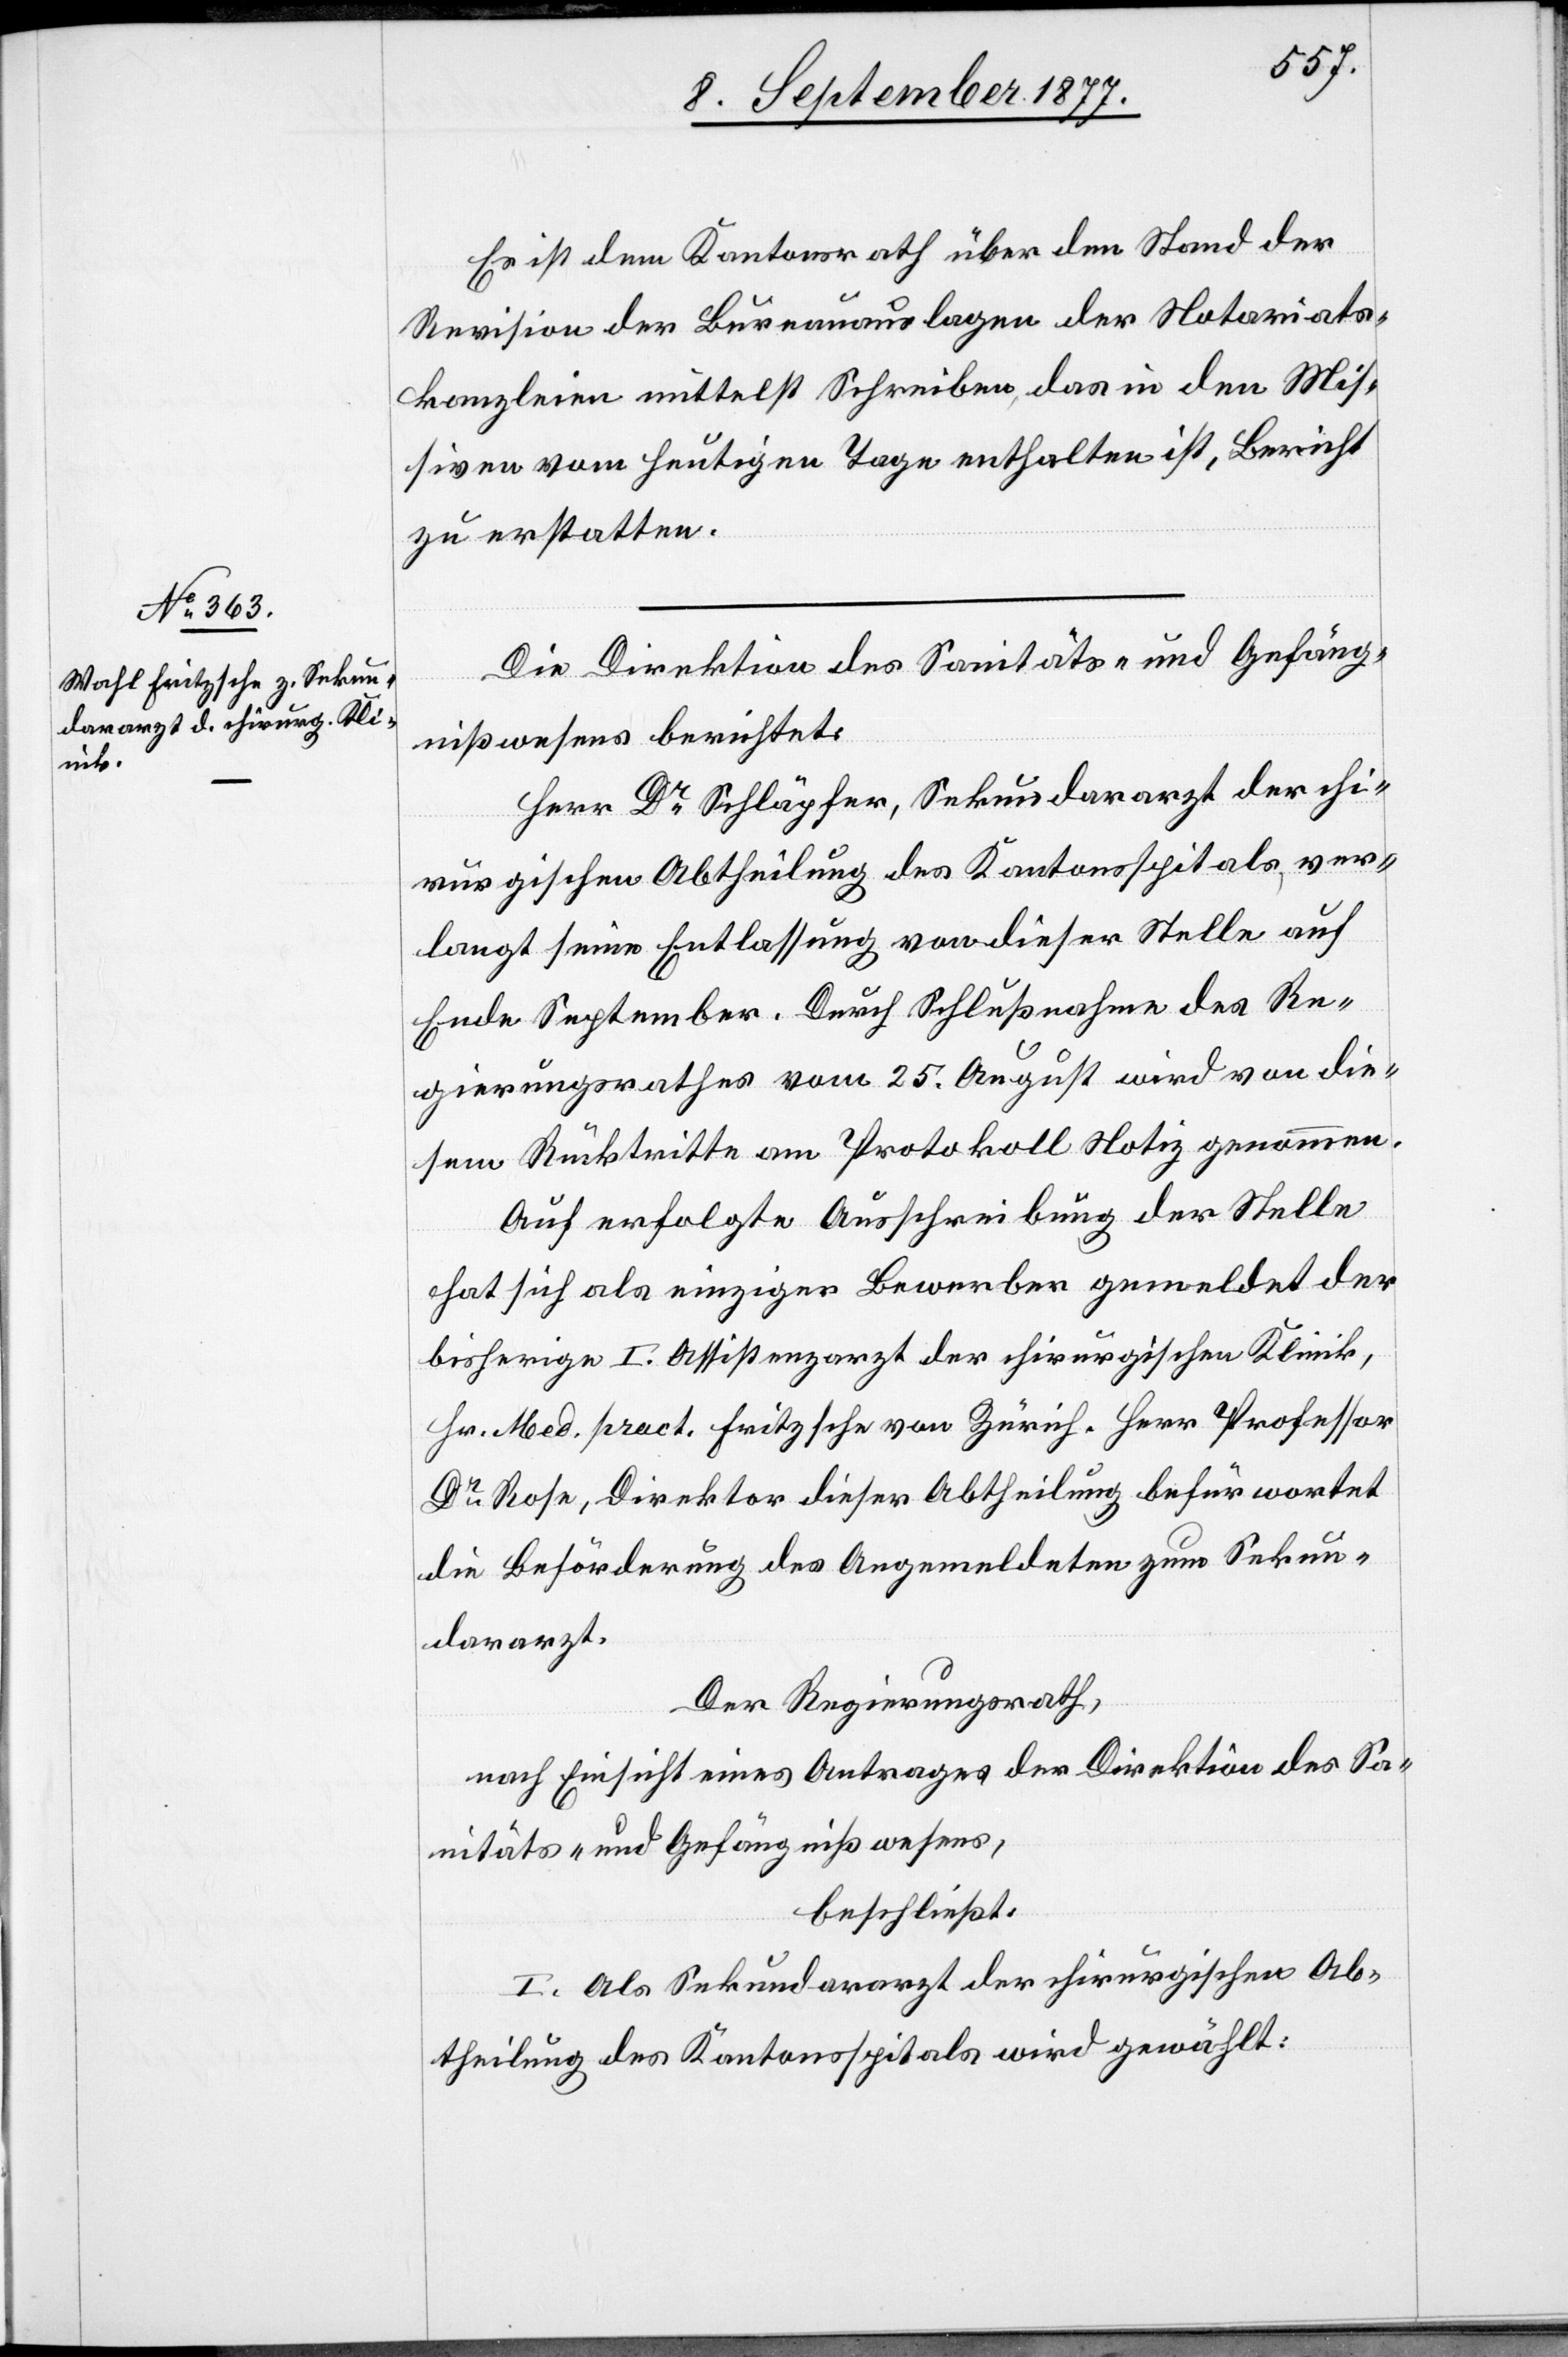
Es ist dem Kantonsrath über den Stand der
Revision der Bureauauslagen der Notariats¬
kanzleien mittelst Schreiben, das in den Mis¬
siven vom heutigen Tage enthalten ist, Bericht
zu erstatten.
Die Direktion des Sanitäts- und Gefäng¬
nißwesens berichtet:
Herr Dr Schläpfer, Sekundararzt der chi¬
rurgischen Abtheilung des Kantonsspitals, ver¬
langt seine Entlassung von dieser Stelle auf
Ende September. Durch Schlußnahme des Re¬
gierungsrathes vom 25. August wird von die¬
sem Rücktritte am Protokoll Notiz genommen.
Auf erfolgte Ausschreibung der Stelle
hat sich als einziger Bewerber gemeldet der
bisherige I. Assistenzarzt der chirurgischen Klinik,
Hr. Med. pract. Fritzsche von Zürich. Herr Professor
Dr Rose, Direktor dieser Abtheilung befürwortet
die Beförderung des Angemeldeten zum Sekun¬
dararzt.
Der Regierungsrath,
nach Einsicht eines Antrages der Direktion des Sa¬
nitäts- und Gefängnißwesens,
beschließt:
I. Als Sekundararzt der chirurgischen Ab¬
theilung des Kantonsspitals wird gewählt: